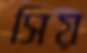
সিয়